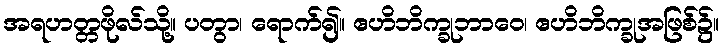
အရဟတ္တဖိုလ်သို့။ ပတွာ၊ ရောက်၍။ ဧဟိဘိက္ခုဘာဝေ၊ ဧဟိဘိက္ခုအဖြစ်၌။